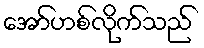
အော်ဟစ်လိုက်သည်